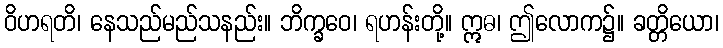
ဝိဟရတိ၊ နေသည်မည်သနည်း။ ဘိက္ခဝေ၊ ရဟန်းတို့။ ဣဓ၊ ဤလောက၌။ ခတ္တိယော၊